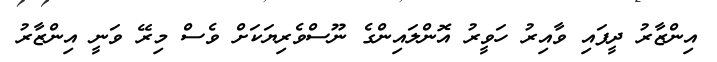
އިންޒާރު ދީފައި ވާއިރު ހަވީރު އޮންލައިންގެ ނޫސްވެރިޔަކަށް ވެސް މިރޭ ވަނީ އިންޒާރު